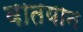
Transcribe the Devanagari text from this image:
वातयान